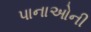
પાનાઓની